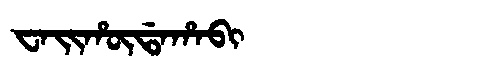
Manchu: ᠸᠠᡳᡥᡡᡩᠠᡥᠠᠪᡳ
Romanization: WAIHŪDAHABI